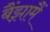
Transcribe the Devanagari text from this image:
बैंझ़ामैं